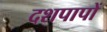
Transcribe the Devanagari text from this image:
दशपापों